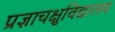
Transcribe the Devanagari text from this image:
प्रज्ञाचक्षुविद्यालय